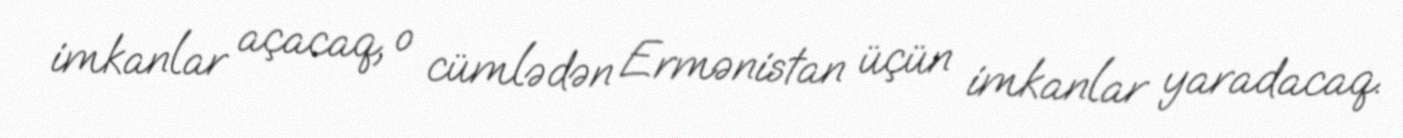
imkanlar açacaq, o cümlədən Ermənistan üçün imkanlar yaradacaq.